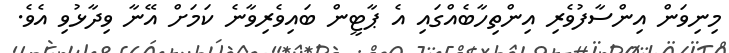
މިނިވަން އިންސާފުވެރި އިންތިހާބެއްގައި އެ ޕާޓީން ބައިވެރިވާނެ ކަމަށް އޭނާ ވިދާޅުވި އެވެ.